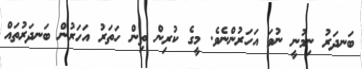
ބަނދަރު ނިމުނީ ނުވަ އަހަރުންނެވެ. މީގެ ކުރިން ތިން ހަތަރު އަހަރުން ބަނދަރުތައް